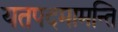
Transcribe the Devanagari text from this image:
यतपदमामन्ति